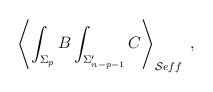
LaTeX: \begin{align*}\left\langle \int_{\Sigma _p}B\int_{\Sigma _{n-p-1}^{\prime }}C\right\rangle_{\mathcal{S}eff}\;, \end{align*}